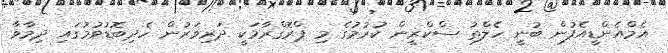
އެމްއެންޑީއެފުން ބުނީ ހެލްތު ސްކްރީން ކުރުމުގެ މި ޕްރޮގްރާމަކީ ދަރިވަރުން ހެދިބޮޑުވުމުގައި ދިމާވާ